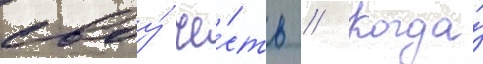
своу́ че́сть // Когда́